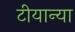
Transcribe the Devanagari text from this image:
टीयान्या